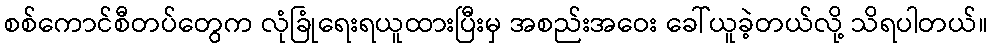
စစ်ကောင်စီတပ်တွေက လုံခြုံရေးရယူထားပြီးမှ အစည်းအဝေး ခေါ်ယူခဲ့တယ်လို့ သိရပါတယ်။